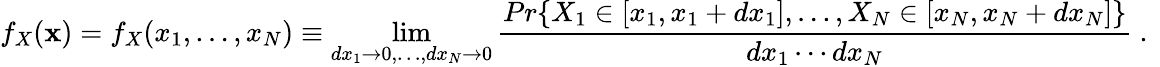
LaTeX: f_{X}({\mathbf x})=f_{X}(x_{1},\dots,x_{N})\equiv\operatorname*{lim}_{dx_{1}\to 0,\dots,dx_{N}\to 0}\frac{Pr\{ X_{1}\in[x_{1},x_{1}+dx_{1}],\dots,X_{N}\in[x_{N},x_{N}+dx_{N}]\} }{dx_{1}\cdots dx_{N}}\mathrm{~.~}